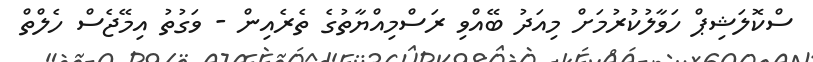
ސްކޮލަޝިޕް ހަވާލުކުރުމަށް މިއަދު ބޭއްވި ރަސްމިއްޔާތުގެ ތެރެއިން - ވަގުތު އިމޭޖެސް ހެލްތް